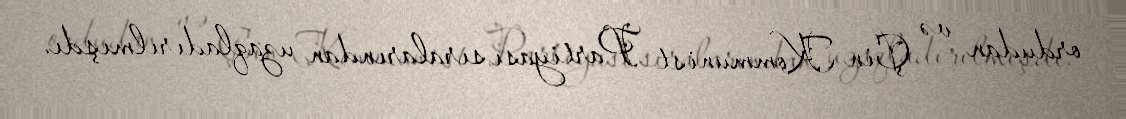
ordudan və Çin Kommunist Partiyası sıralarından uzaqladırılmışdı.